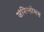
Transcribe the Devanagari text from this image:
जेनिग्लोसस